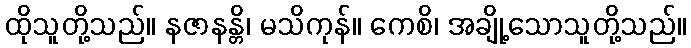
ထိုသူတို့သည်။ နဇာနန္တိ၊ မသိကုန်။ ကေစိ၊ အချို့သောသူတို့သည်။